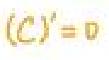
$(\mathcal{C})' = 0$